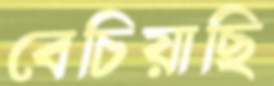
বেচিয়াছি